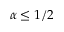
\alpha \leq 1 / 2